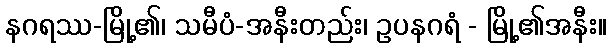
နဂရဿ-မြို့၏၊ သမီပံ-အနီးတည်း၊ ဥပနဂရံ - မြို့၏အနီး။